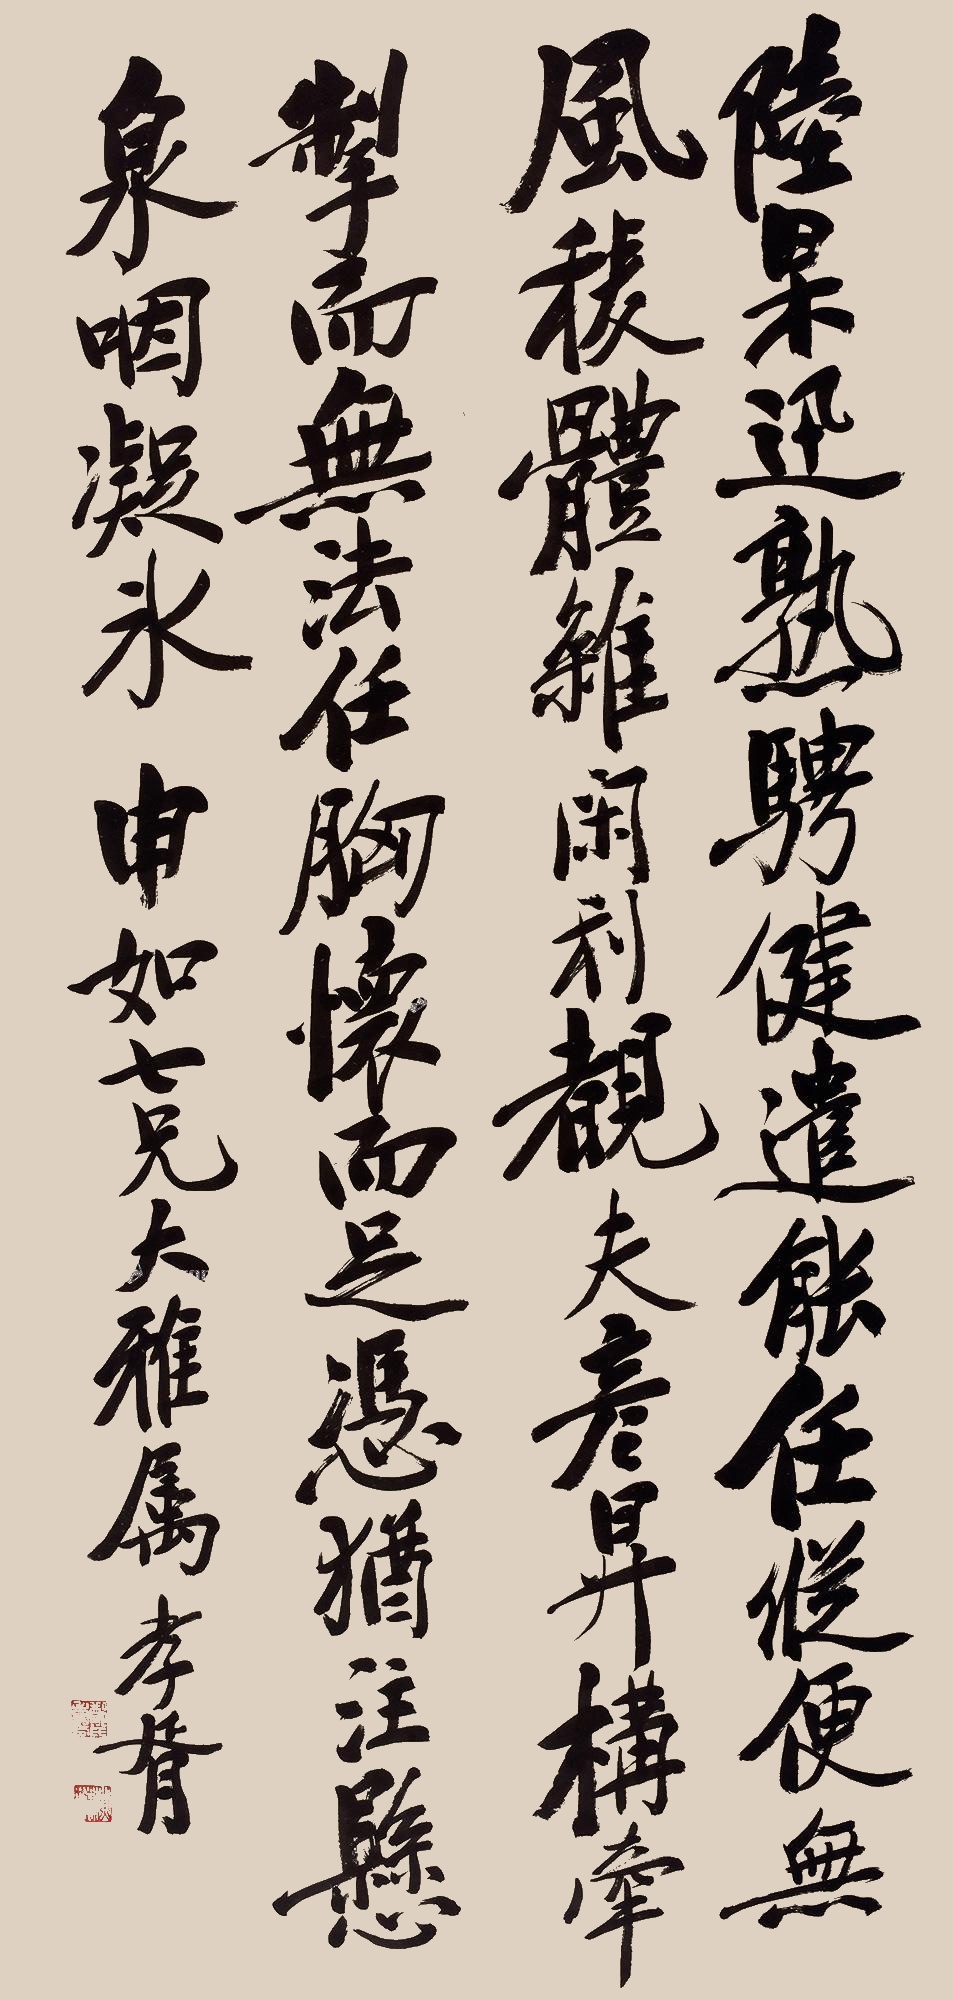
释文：陆杲迅熟骋健，遣能任纵，便无风棱。体杂闲利，覩夫升。构牵掣而无法，任胸怀而足凭。犹注悬泉，咽凝冰。申如七兄大雅属，孝胥。